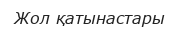
Жол қатынастары